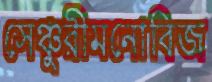
সেঞ্চুরীমনোবিজ